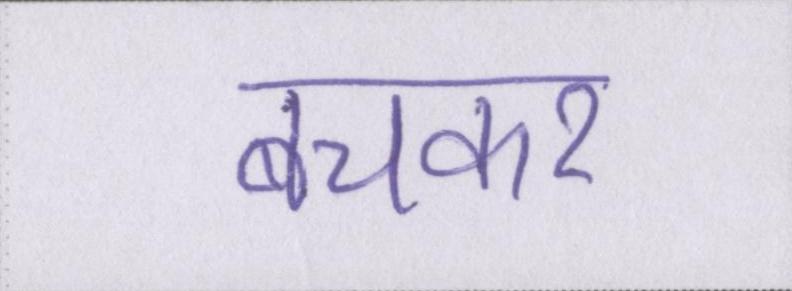
बचकर